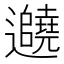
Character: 𬩱